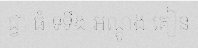
ជ្វា ធំ ទទឹង អណ្តូង គៀន